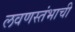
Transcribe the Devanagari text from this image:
लवणस्तंभाची